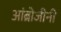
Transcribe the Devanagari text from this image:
आंब्रोजीनी